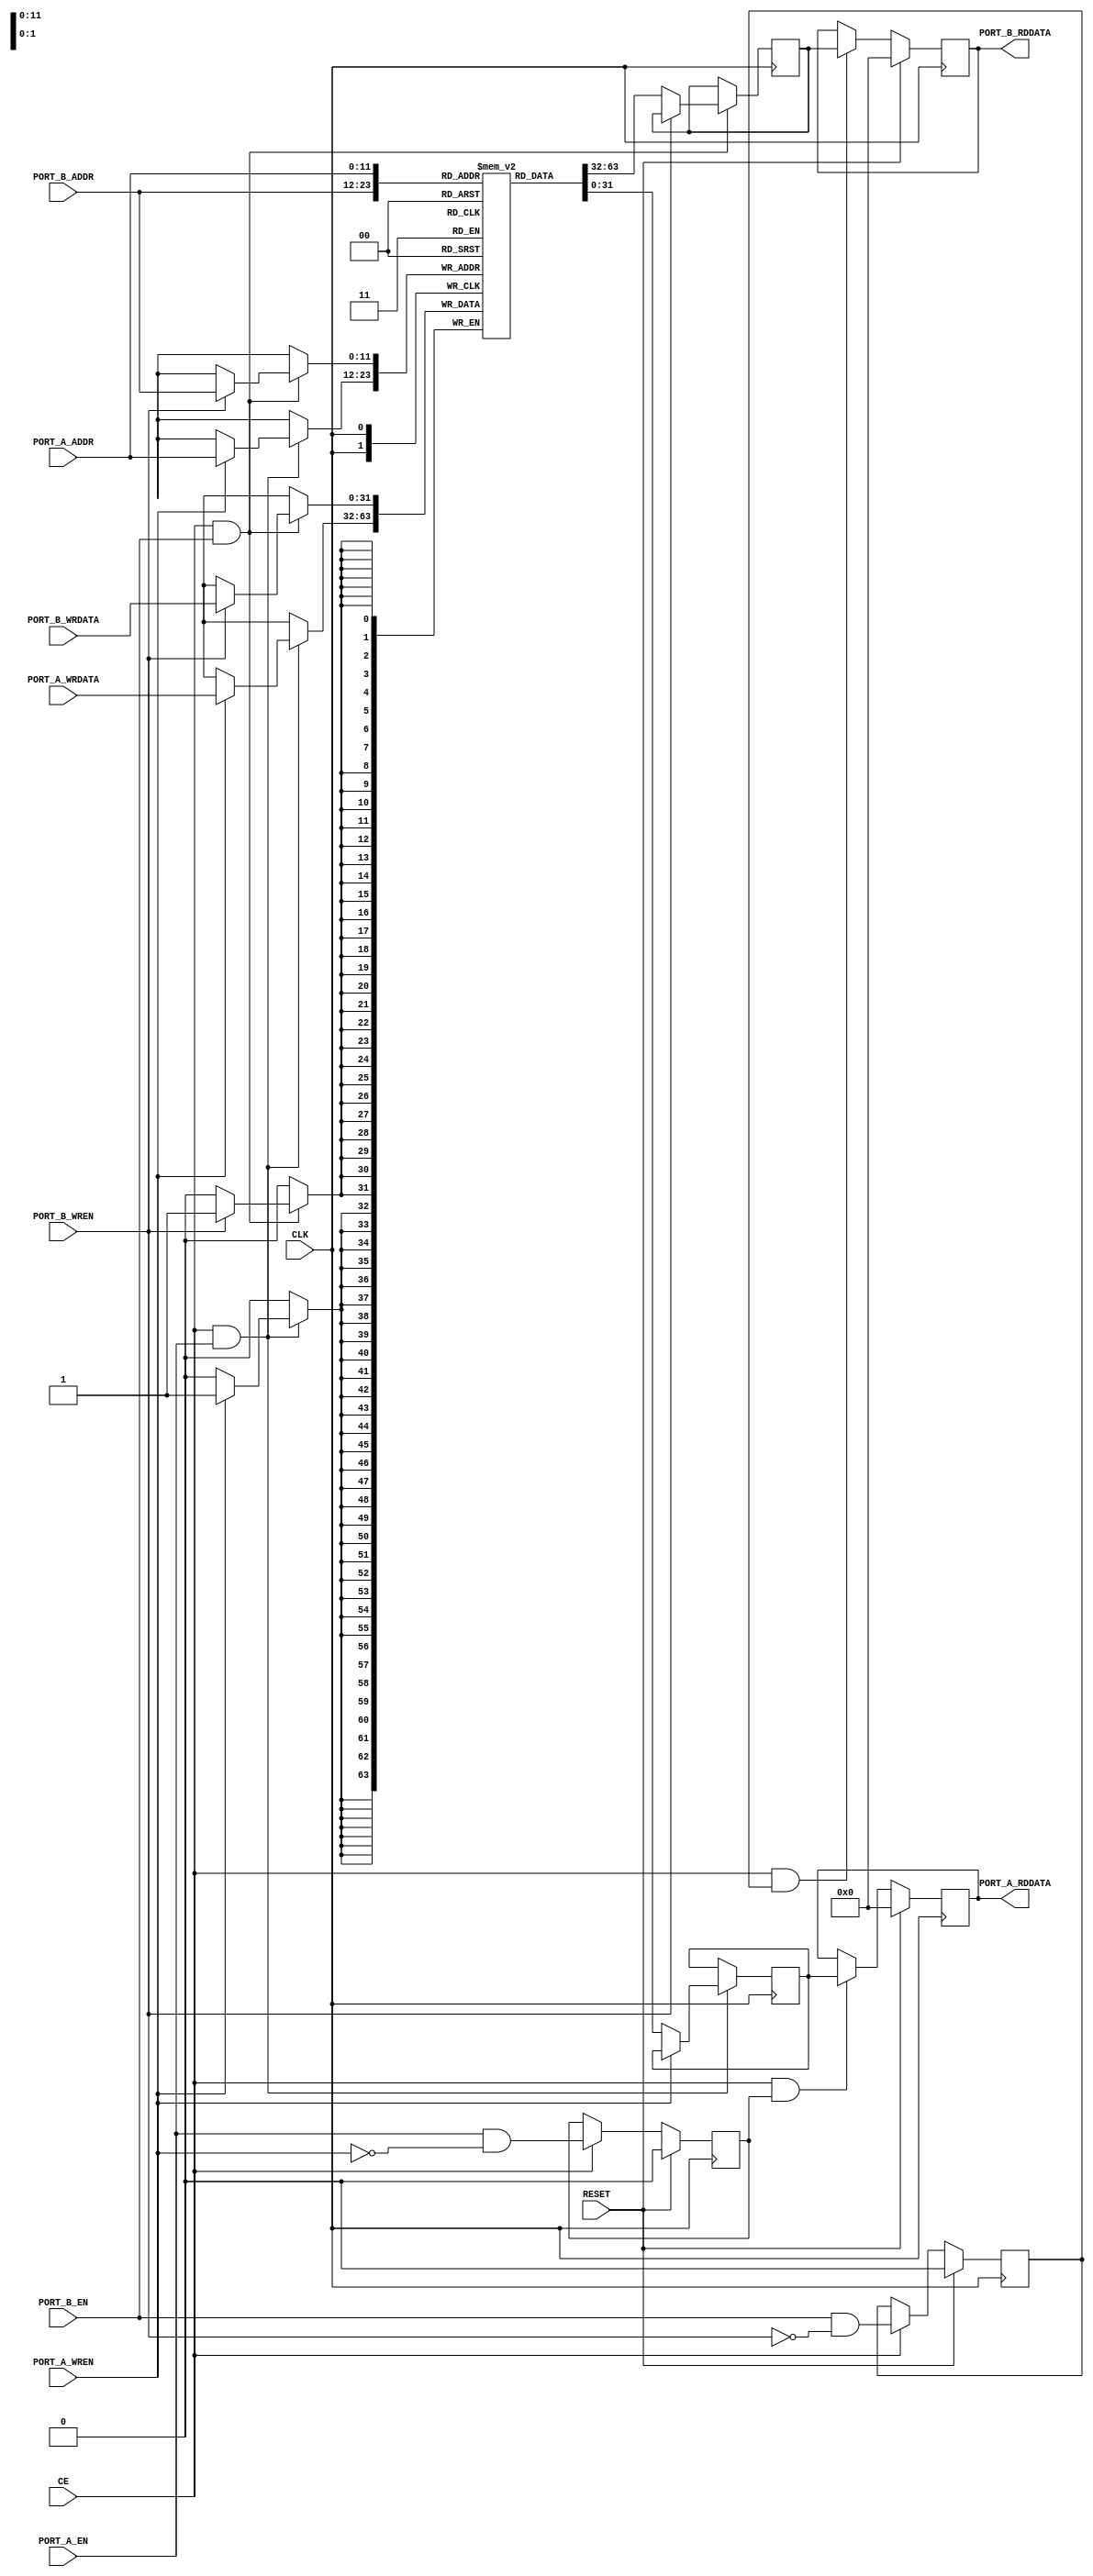
`timescale 1ns / 1ps
/**
    BCPU16 : 16-bit barrel MCU project.
    Author: Vadim Lopatin, 2021
    License: LGPL v2
    Language: System Verilog
    Compatibility: universal
    Resources: no LUTs, 1 RAMB18 for address width 10, 2 RAMB36 for address width 12 on Xilinx Series 7 FPGA

    Module bcpu_dualport_bram contains implementation of dual port memory for program and data of bcpu16 core.
    
*/

module bcpu_dualport_bram
#(
    // data width
    parameter DATA_WIDTH = 32,
    // address width
    parameter ADDR_WIDTH = 12,
    // specify init file to fill ram with
    parameter INIT_FILE = "",
    // port A output register flag
    parameter A_REG = 1,
    // port B output register flag
    parameter B_REG = 1
)
(
    // clock
    input wire CLK,
    // reset, active 1
    input wire RESET,
    // clock enable
    input wire CE,

    //====================================
    // Port A    
    // 1 to start port A read or write operation
    input wire PORT_A_EN, 
    // enable port A write
    input wire PORT_A_WREN,
    // port A address 
    input wire [ADDR_WIDTH-1:0] PORT_A_ADDR, 
    // port A write data 
    input wire [DATA_WIDTH-1:0] PORT_A_WRDATA, 
    // port A read data 
    output wire [DATA_WIDTH-1:0] PORT_A_RDDATA, 
    //====================================
    // Port B    
    // 1 to start port B read or write operation
    input wire PORT_B_EN, 
    // enable port B write
    input wire PORT_B_WREN,
    // port B address 
    input wire [ADDR_WIDTH-1:0] PORT_B_ADDR, 
    // port B write data 
    input wire [DATA_WIDTH-1:0] PORT_B_WRDATA, 
    // port B read data 
    output wire [DATA_WIDTH-1:0] PORT_B_RDDATA 
);

reg port_a_rden1;
reg port_b_rden1;
always @(posedge CLK) begin
    if (RESET) begin
        port_a_rden1 <= 0;
        port_b_rden1 <= 0;
    end else if (CE) begin
        port_a_rden1 <= PORT_A_EN & ~PORT_A_WREN;
        port_b_rden1 <= PORT_B_EN & ~PORT_B_WREN;
    end
end

localparam MEMSIZE = 1 << ADDR_WIDTH;
reg [DATA_WIDTH-1:0] memory[MEMSIZE-1:0];

// The following code either initializes the memory values to a specified file or to all zeros to match hardware
generate
    if (INIT_FILE != "") begin: use_init_file
        initial
            $readmemh(INIT_FILE, memory, 0, MEMSIZE-1);
    end else begin: init_bram_to_zero
        integer ram_index;
        initial
            for (ram_index = 0; ram_index < MEMSIZE; ram_index = ram_index + 1)
                memory[ram_index] = {DATA_WIDTH{1'b0}};
    end
endgenerate



reg [DATA_WIDTH-1:0] port_a_rddata;
reg [DATA_WIDTH-1:0] port_b_rddata;

always @(posedge CLK)
    if (CE & PORT_A_EN) begin
        if (PORT_A_WREN)
            memory[PORT_A_ADDR] <= PORT_A_WRDATA;
        else
            port_a_rddata <= memory[PORT_A_ADDR];
    end 

always @(posedge CLK)
    if (CE & PORT_B_EN) begin
        if (PORT_B_WREN)
            memory[PORT_B_ADDR] <= PORT_B_WRDATA;
        else
            port_b_rddata <= memory[PORT_B_ADDR];
    end 


generate

    // A output
    if (A_REG == 1) begin
        // with output register (2-stage)
        reg [DATA_WIDTH-1:0] a_rddata_buf;
        assign PORT_A_RDDATA = a_rddata_buf; 
        always @(posedge CLK)
            if (RESET)
                a_rddata_buf <= 'b0;
            else if (CE & port_a_rden1)
                a_rddata_buf <= port_a_rddata;
    end else begin
        // without output register (1-stage)
        assign PORT_A_RDDATA = port_a_rddata; 
    end

    // B output
    if (B_REG == 1) begin
        // with output register (2-stage)
        reg [DATA_WIDTH-1:0] b_rddata_buf;
        assign PORT_B_RDDATA = b_rddata_buf; 
        always @(posedge CLK)
            if (RESET)
                b_rddata_buf <= 'b0;
            else if (CE & port_b_rden1)
                b_rddata_buf <= port_b_rddata;
    end else begin
        // without output register (1-stage)
        assign PORT_B_RDDATA = port_b_rddata; 
    end
endgenerate

endmodule